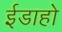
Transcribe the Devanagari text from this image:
ईडाहो